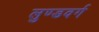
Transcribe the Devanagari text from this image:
लुण्डवर्ग